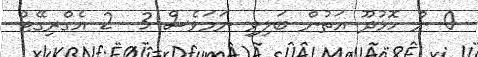
0 ން ހޮޅުދޫ އަތުން ބަލިވި ނަމަވެސް 3  2 އެގްރިގޭޓް